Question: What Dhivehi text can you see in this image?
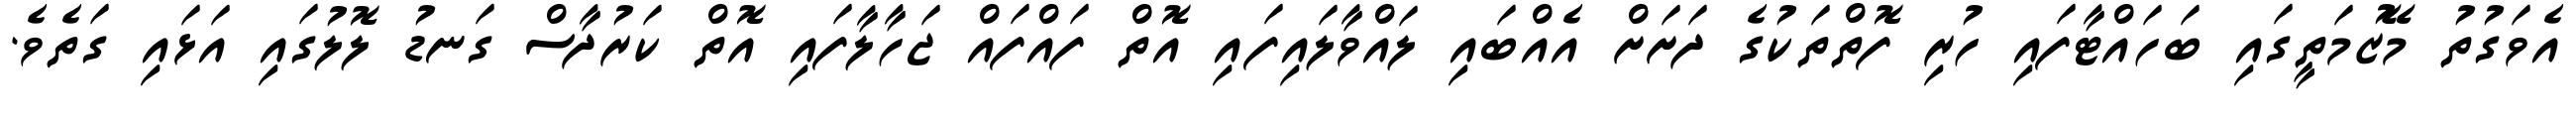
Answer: އެވަގުތު މޭޒުމަތީގައި ބަހައްޓާފައި ހުރި ފޮތްތަކުގެ ދަށަށް އެއްބައި ލައްވާލައިފައި އޮތް ފައްފައް ޖަހާލާފައި އޮތް ކަރުދާސް ގަނޑު ލޮލުގައި އަޅައި ގަތެވެ.